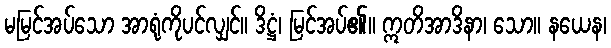
မမြင်အပ်သော အာရုံကိုပင်လျှင်။ ဒိဋ္ဌံ၊ မြင်အပ်၏။ ဣတိအာဒိနာ၊ သော။ နယေန၊